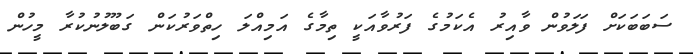
ސަބަބަކަށް ފަލަވުން ވާއިރު އެކަމުގެ ފަރުވާއަކީ ތިމާގެ އަމިއްލަ ހިތްވަރުކަން ގަބޫލުނުކުރާ މީހުން